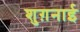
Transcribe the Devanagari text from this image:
शुग़नाई